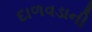
દાળવડાની